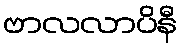
ဗာလလာပိနီ